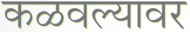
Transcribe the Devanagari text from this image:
कळवल्यावर